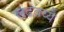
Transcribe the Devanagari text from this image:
लढवय्यै